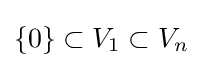
\{0\}\subset V_{1}\subset V_{n}